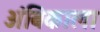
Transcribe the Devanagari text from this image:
अंबिकाला